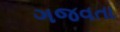
ગજવતા